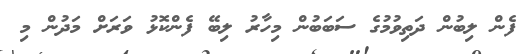
ފެން ލިބުން ދަތިވުމުގެ ސަބަބުން މިހާރު ލިބޭ ފެންކޮޅު ވަރަށް މަދުން މި